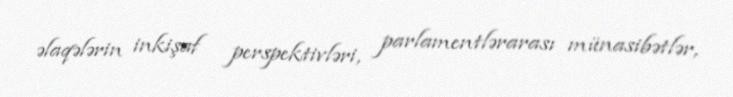
əlaqələrin inkişaf perspektivləri, parlamentlərarası münasibətlər,